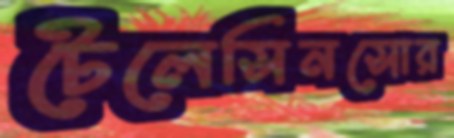
টেলেসিনসোর